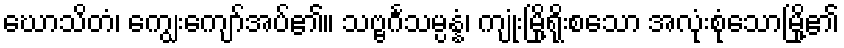
ဃောသိတံ၊ ကျွေးကျော်အပ်၏။ သဗ္ဗင်္ဂသမ္ပန္နံ၊ ကျုံးမြို့ရိုးစသော အလုံးစုံသောမြို့၏